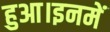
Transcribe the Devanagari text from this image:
हुआ।इनमें